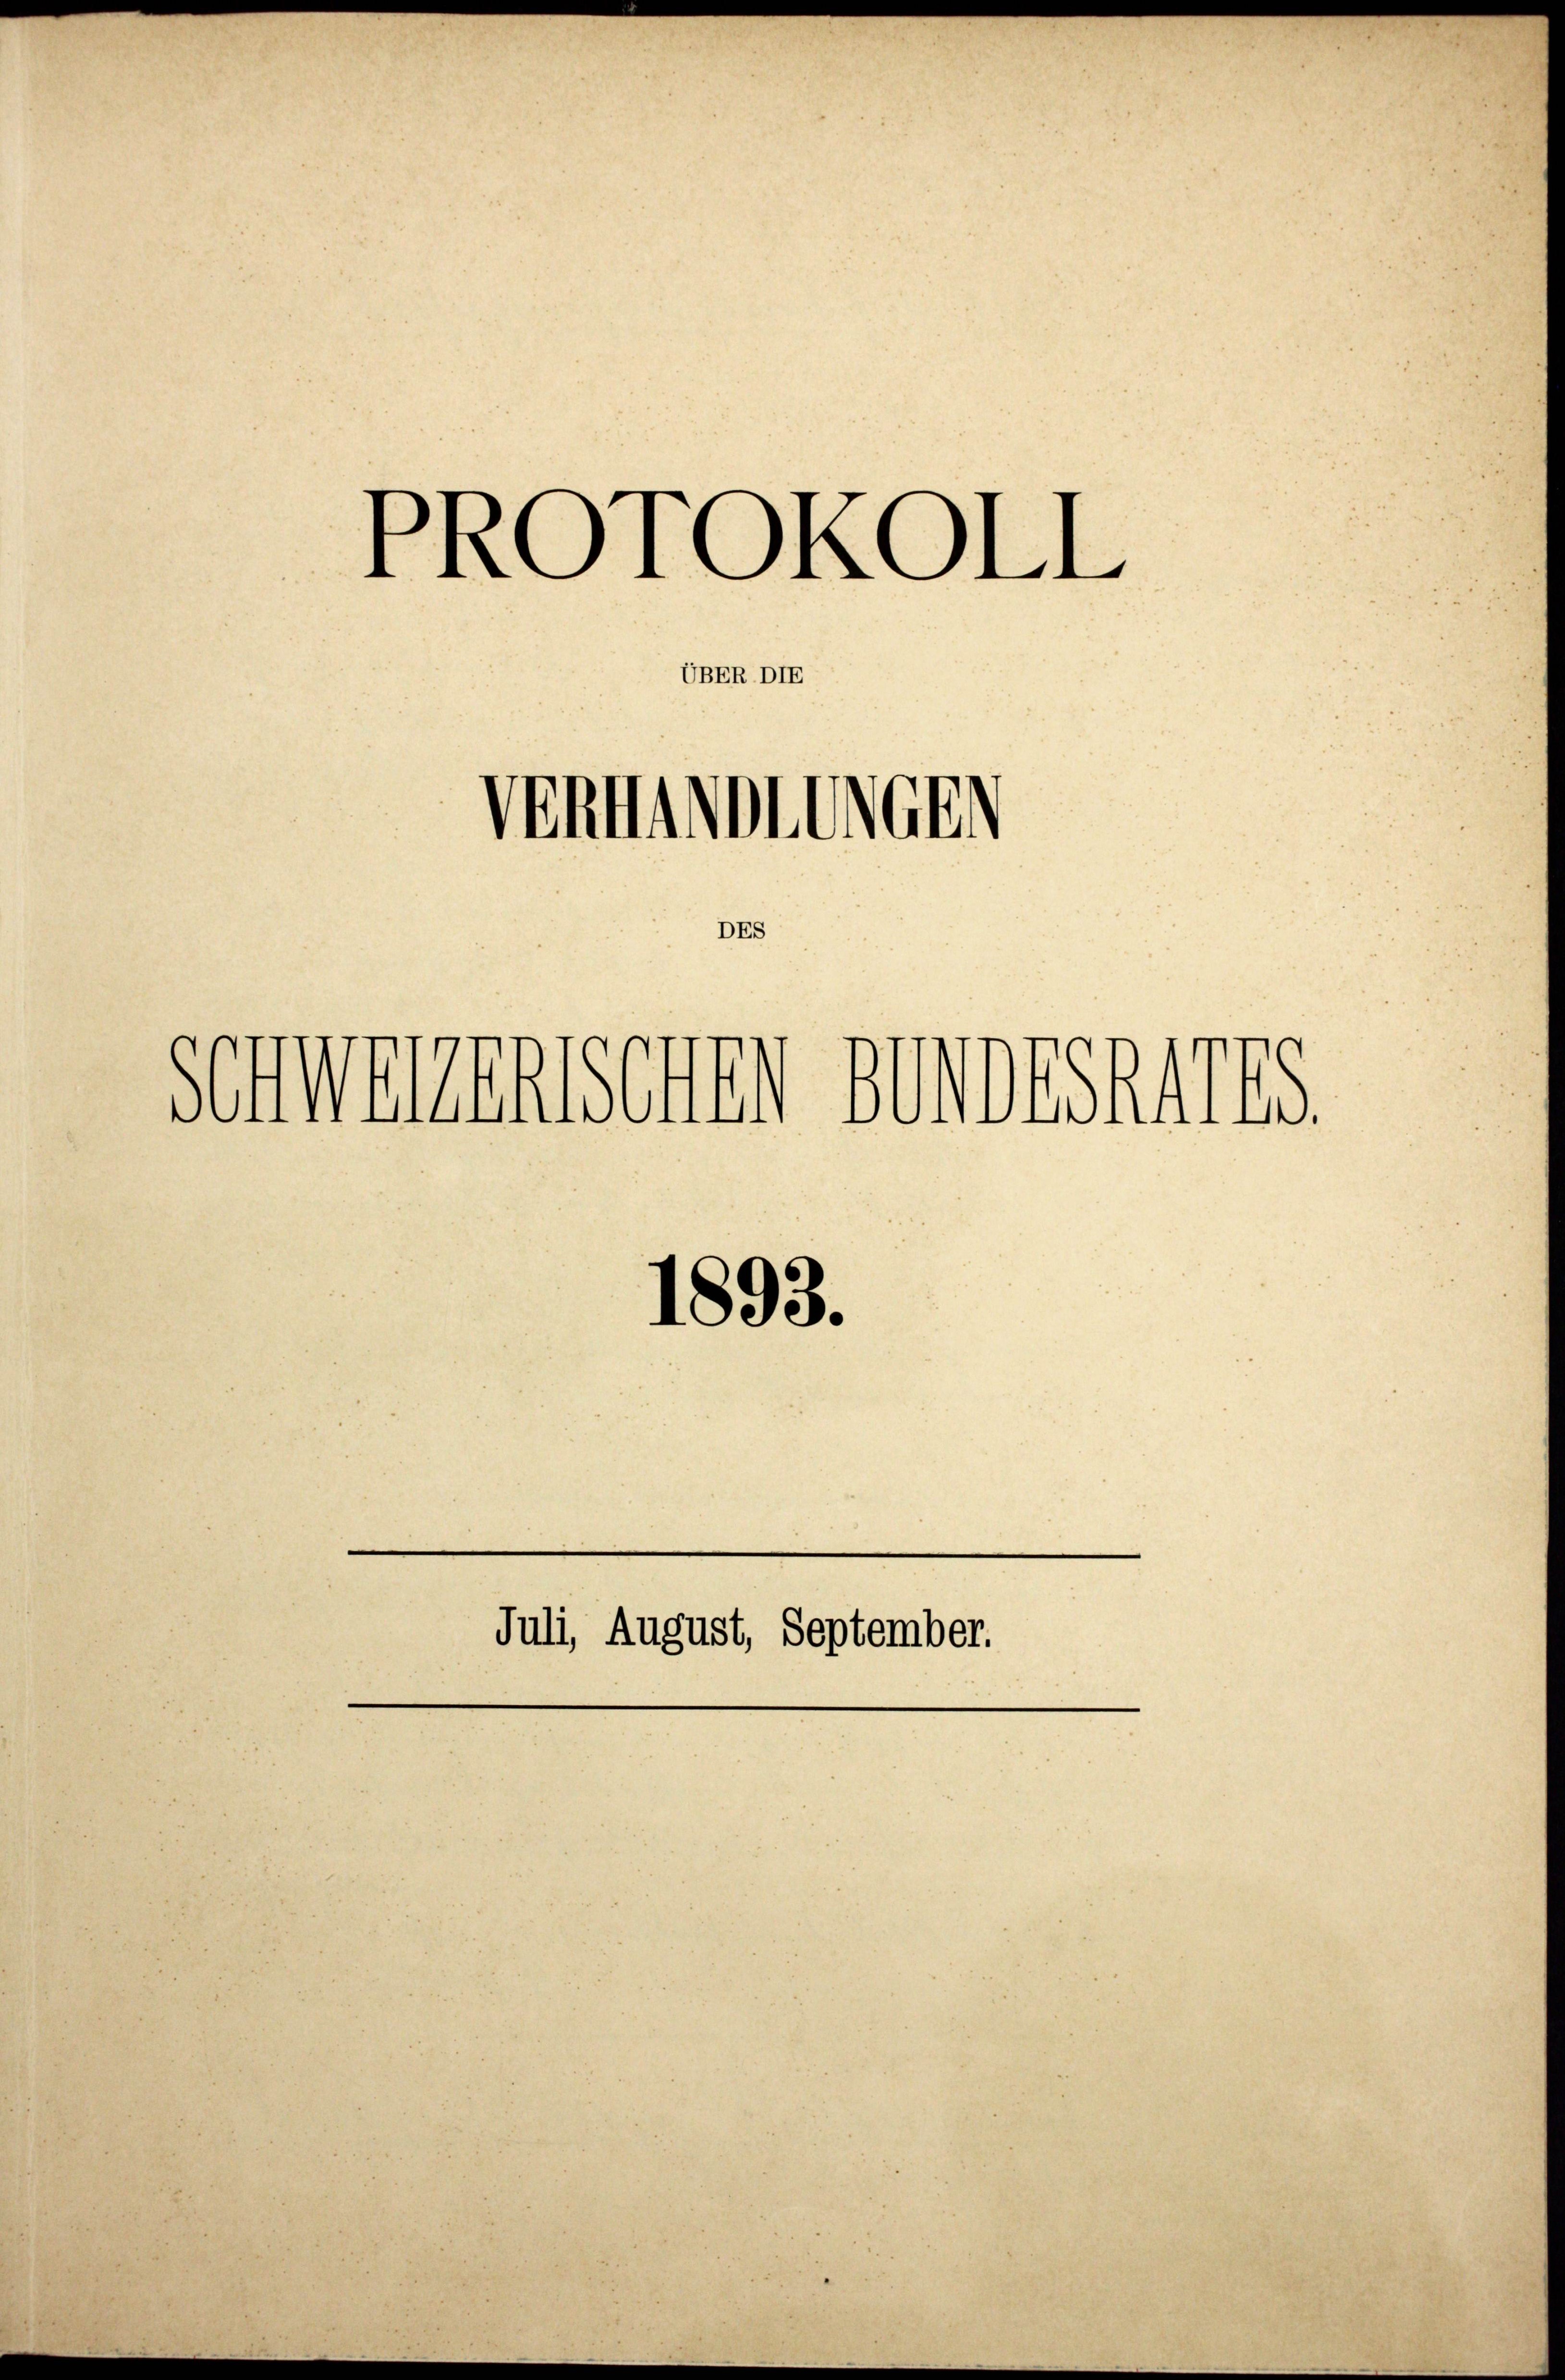
PROTOKOLL
UBER DIE
Venmitter
DES

sommenenseren dortseits.
1893.

Juli, August, September.